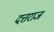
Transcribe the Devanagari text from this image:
दत्तराज